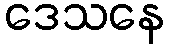
ဒေသနေ